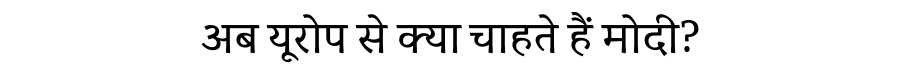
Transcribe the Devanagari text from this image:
अब यूरोप से क्या चाहते हैं मोदी?